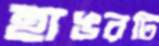
হাঙরটি